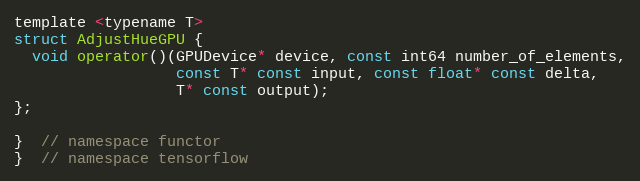
Language: C
template <typename T>
struct AdjustHueGPU {
  void operator()(GPUDevice* device, const int64 number_of_elements,
                  const T* const input, const float* const delta,
                  T* const output);
};

}  // namespace functor
}  // namespace tensorflow